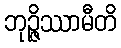
ဘုဉ္ဇိဿာမီတိ